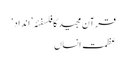
قرآن مجید کا فلسفئہ ’انداد‘
عظمتِ انساں